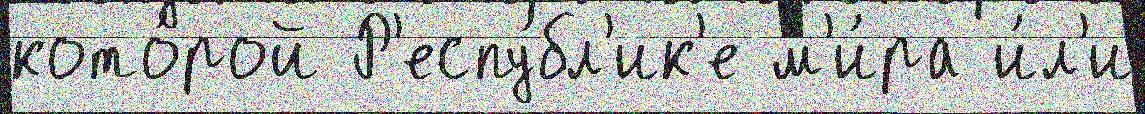
кото́рой Р'еспу́бл'ик'е м'и́ра и́л'и